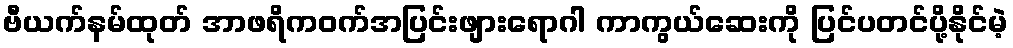
ဗီယက်နမ်ထုတ် အာဖရိကဝက်အပြင်းဖျားရောဂါ ကာကွယ်ဆေးကို ပြင်ပတင်ပို့နိုင်မဲ့